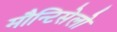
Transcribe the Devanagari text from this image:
मौन्टिसेलो